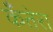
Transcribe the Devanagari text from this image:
कँतेरा